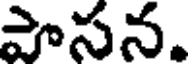
పాసన.